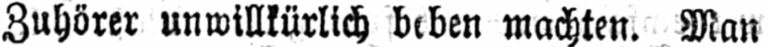
Zuhörer unwillkürlich beben machten. Man